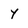
Character: Y